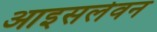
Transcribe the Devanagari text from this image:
आइसलेवन